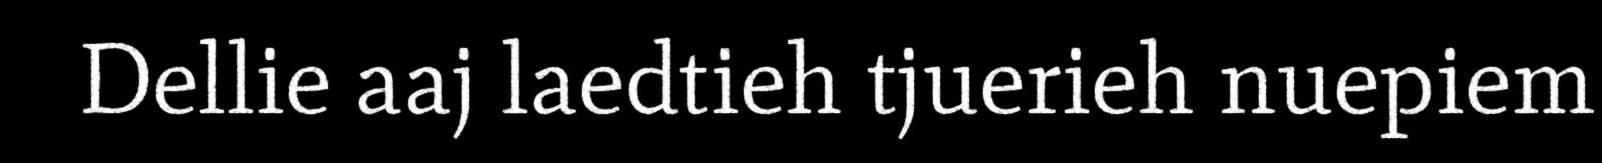
Dellie aaj laedtieh tjuerieh nuepiem